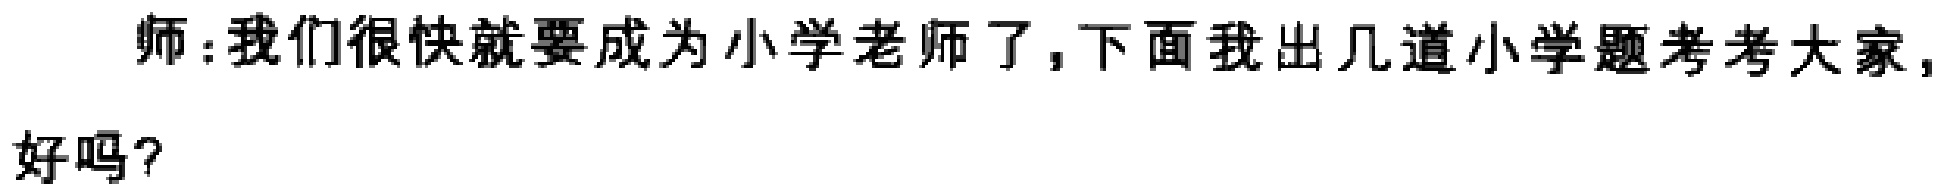
师:我们很快就要成为小学老师了,下面我出几道小学题考考大家,好吗？